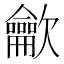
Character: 龡